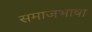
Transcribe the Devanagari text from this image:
समाजभाषा